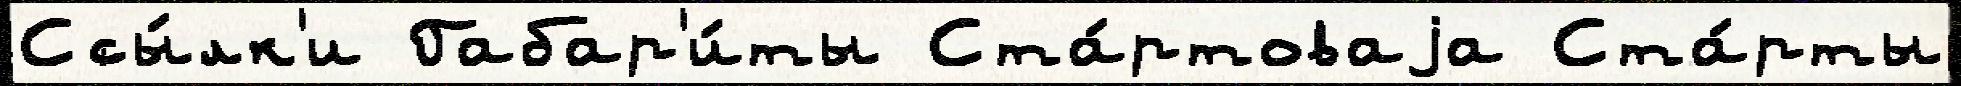
Ссы́лк'и Габар'и́ты Ста́ртоваjа Ста́рты